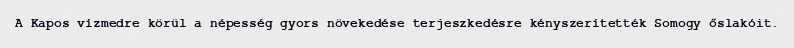
A Kapos vízmedre körül a népesség gyors növekedése terjeszkedésre kényszerítették Somogy őslakóit.